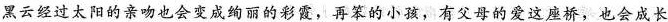
黑云经过太阳的亲吻也会变成绚丽的彩霞，再笨的小孩，有父母的爱这座桥，也会成长